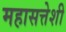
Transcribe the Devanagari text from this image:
महासत्तेशी